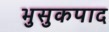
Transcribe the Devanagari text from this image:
भुसुकपाद